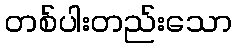
တစ်ပါးတည်းသော